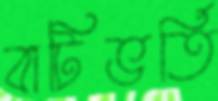
বাটিভর্তি